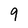
Character: 9